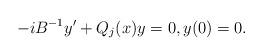
\begin{align*} -i B^{-1} y' + Q_j(x) y = 0, y(0)=0.\end{align*}